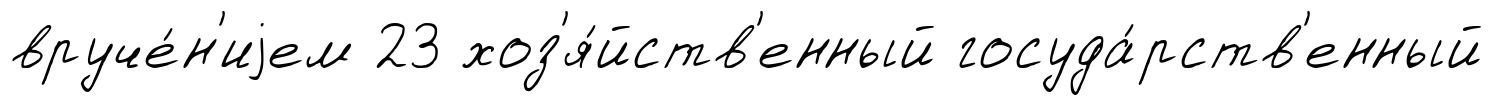
вруче́н'иjем 23 хоз'я́йств'енный госуда́рств'енный